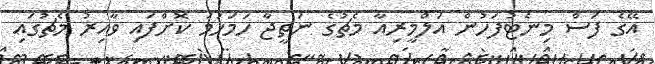
އޭގެ ފަސް މިނެޓުފަހުން އަލްމީރިއާ މެޗުގެ ނަތީޖާ ހަމަހަމަ ކޮށްފައި ވާއިރު މެޗުގައި